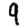
Digit: 9